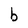
Character: b